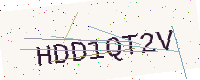
Text: HDD1QT2V